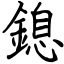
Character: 鎴